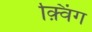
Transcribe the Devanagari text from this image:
क़्विंग